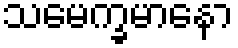
သမေက္ခမာနော